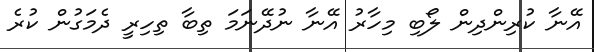
އޭނާ ކުރިންދިން ލޯބި މިހާރު އޭނާ ނުދޭނަމަ ތިބާ ތިހިރީ ދެމަގުން ކުރެ